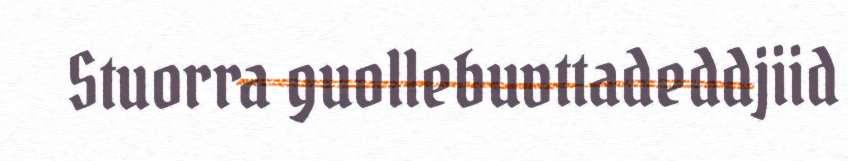
Stuorra guollebuvttadeddjiid